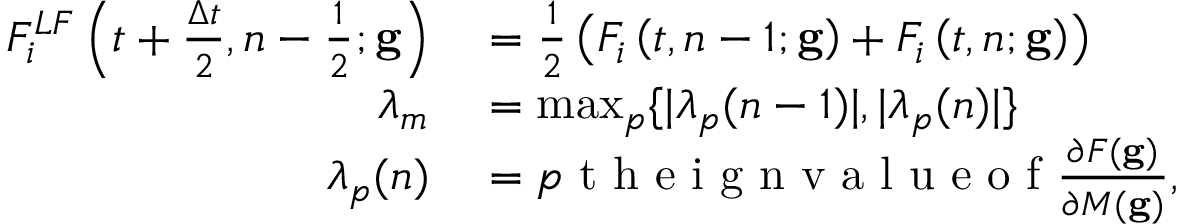
\begin{array} { r l } { F _ { i } ^ { L F } \left( t + \frac { \Delta t } { 2 } , n - \frac { 1 } { 2 } ; \mathbf { g } \right) } & { { } = \frac { 1 } { 2 } \left( F _ { i } \left( t , n - 1 ; \mathbf { g } \right) + F _ { i } \left( t , n ; \mathbf { g } \right) \right) } \\ { \lambda _ { m } } & { { } = \operatorname* { m a x } _ { p } \{ | \lambda _ { p } ( n - 1 ) | , | \lambda _ { p } ( n ) | \} } \\ { \lambda _ { p } ( n ) } & { { } = p \mathrm { ~ t ~ h ~ e ~ i ~ g ~ n ~ v ~ a ~ l ~ u ~ e ~ o ~ f ~ } \frac { \partial F ( \mathbf { g } ) } { \partial M ( \mathbf { g } ) } , } \end{array}